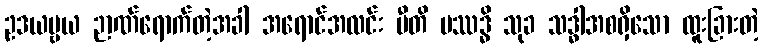
ဥဒယဗ္ဗယ ဉာဏ်ရောက်တဲ့အခါ အရောင်အလင်း ပီတိ ပဿဒ္ဓိ သုခ သဒ္ဓါအစရှိသော ထူးခြားတဲ့